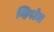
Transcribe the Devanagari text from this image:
व्हिपटेल